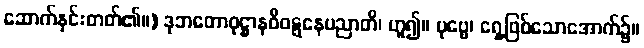
ဆောက်နှင်းတတ်၏။) ဒုဘတောဝုဋ္ဌာနဝိဝဋ္ဋနေပညာတိ၊ ဟူ၍။ ပုဗ္ဗေ၊ ရှေ့ဖြစ်သောအောက်၌။